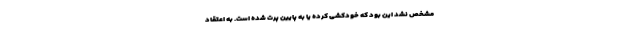
مشخص نشد این بود که خودکشی کرده یا به پایین پرت شده است. به اعتقاد